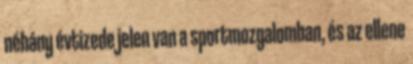
néhány évtizede jelen van a sportmozgalomban, és az ellene